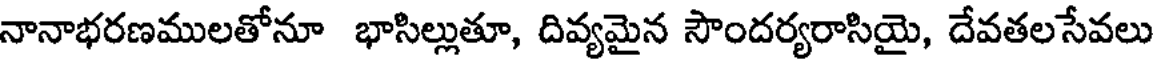
నానాభరణములతోనూ భాసిల్లుతూ, దివ్యమైన సౌందర్యరాసియై, దేవతలసేవలు